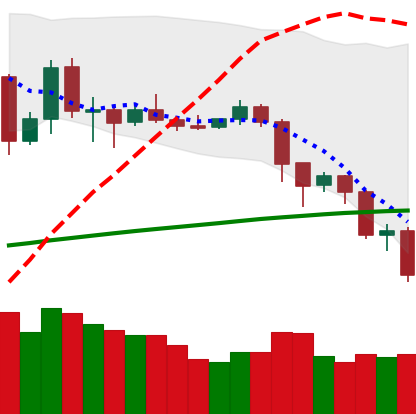
Ticker: LTC-USD
Chart end date: 2019-07-16
Forward return: 25.318%
Label: up_7plus